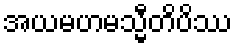
အယမဟမသ္မီတိပိဿ